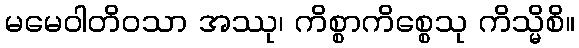
မမေဝါတိဝသာ အဿု၊ ကိစ္စာကိစ္စေသု ကိသ္မိစိ။